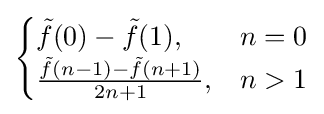
{\begin{cases}{\tilde {f}}(0)-{\tilde {f}}(1),&n=0\\{\frac {{\tilde {f}}(n-1)-{\tilde {f}}(n+1)}{2n+1}},&n>1\end{cases}}